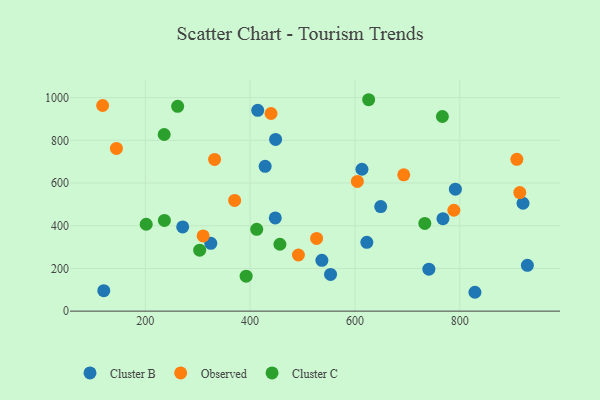
{"axis": {"x": "Ad Spend", "y": "Yield"}, "legend": ["Cluster B", "Cluster C", "Observed"], "data": [{"x": "414.5", "y": 940.5, "type": "Cluster B"}, {"x": "448.0", "y": 436.7, "type": "Cluster B"}, {"x": "622.6", "y": 322.3, "type": "Cluster B"}, {"x": "767.8", "y": 433.2, "type": "Cluster B"}, {"x": "791.5", "y": 571.2, "type": "Cluster B"}, {"x": "271.4", "y": 394.3, "type": "Cluster B"}, {"x": "536.9", "y": 237.8, "type": "Cluster B"}, {"x": "740.9", "y": 196.6, "type": "Cluster B"}, {"x": "928.8", "y": 214.5, "type": "Cluster B"}, {"x": "428.7", "y": 678.4, "type": "Cluster B"}, {"x": "828.8", "y": 88.3, "type": "Cluster B"}, {"x": "325.0", "y": 317.4, "type": "Cluster B"}, {"x": "649.1", "y": 489.5, "type": "Cluster B"}, {"x": "553.4", "y": 171.9, "type": "Cluster B"}, {"x": "448.6", "y": 804.3, "type": "Cluster B"}, {"x": "120.9", "y": 95.7, "type": "Cluster B"}, {"x": "613.3", "y": 664.4, "type": "Cluster B"}, {"x": "920.5", "y": 505.2, "type": "Cluster B"}, {"x": "693.0", "y": 638.4, "type": "Observed"}, {"x": "370.5", "y": 518.7, "type": "Observed"}, {"x": "526.8", "y": 340.5, "type": "Observed"}, {"x": "492.1", "y": 262.9, "type": "Observed"}, {"x": "332.2", "y": 710.3, "type": "Observed"}, {"x": "118.7", "y": 963.0, "type": "Observed"}, {"x": "908.7", "y": 711.1, "type": "Observed"}, {"x": "439.9", "y": 925.7, "type": "Observed"}, {"x": "145.0", "y": 761.8, "type": "Observed"}, {"x": "310.4", "y": 352.1, "type": "Observed"}, {"x": "914.3", "y": 555.1, "type": "Observed"}, {"x": "604.5", "y": 607.5, "type": "Observed"}, {"x": "788.6", "y": 472.4, "type": "Observed"}, {"x": "201.8", "y": 406.8, "type": "Cluster C"}, {"x": "733.2", "y": 410.6, "type": "Cluster C"}, {"x": "303.8", "y": 285.4, "type": "Cluster C"}, {"x": "236.5", "y": 424.9, "type": "Cluster C"}, {"x": "766.7", "y": 911.5, "type": "Cluster C"}, {"x": "456.8", "y": 313.3, "type": "Cluster C"}, {"x": "392.4", "y": 163.6, "type": "Cluster C"}, {"x": "261.8", "y": 959.0, "type": "Cluster C"}, {"x": "626.1", "y": 990.1, "type": "Cluster C"}, {"x": "236.1", "y": 827.3, "type": "Cluster C"}, {"x": "412.6", "y": 383.2, "type": "Cluster C"}]}